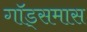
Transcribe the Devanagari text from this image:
गॉड्समास